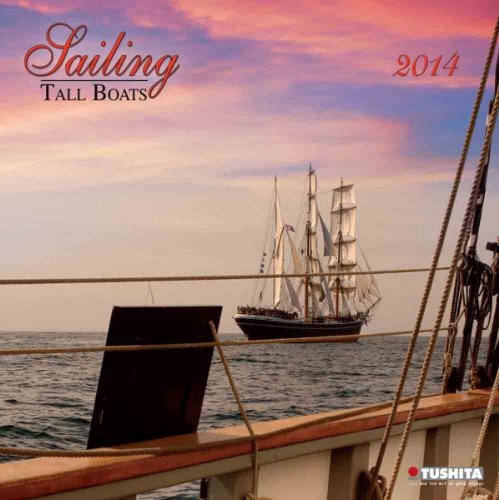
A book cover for Sailing Tall Boats 2014 (What a Wonderful World); Calendars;